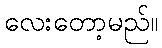
လေးတော့မည်။